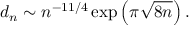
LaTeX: d _ { n } \sim n ^ { - 1 1 / 4 } \exp \left( \pi \sqrt { 8 n } \right) .